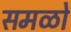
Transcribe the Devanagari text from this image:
समळो